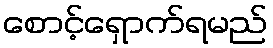
စောင့်ရှောက်ရမည်